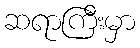
ဆရာကြီးမှာ